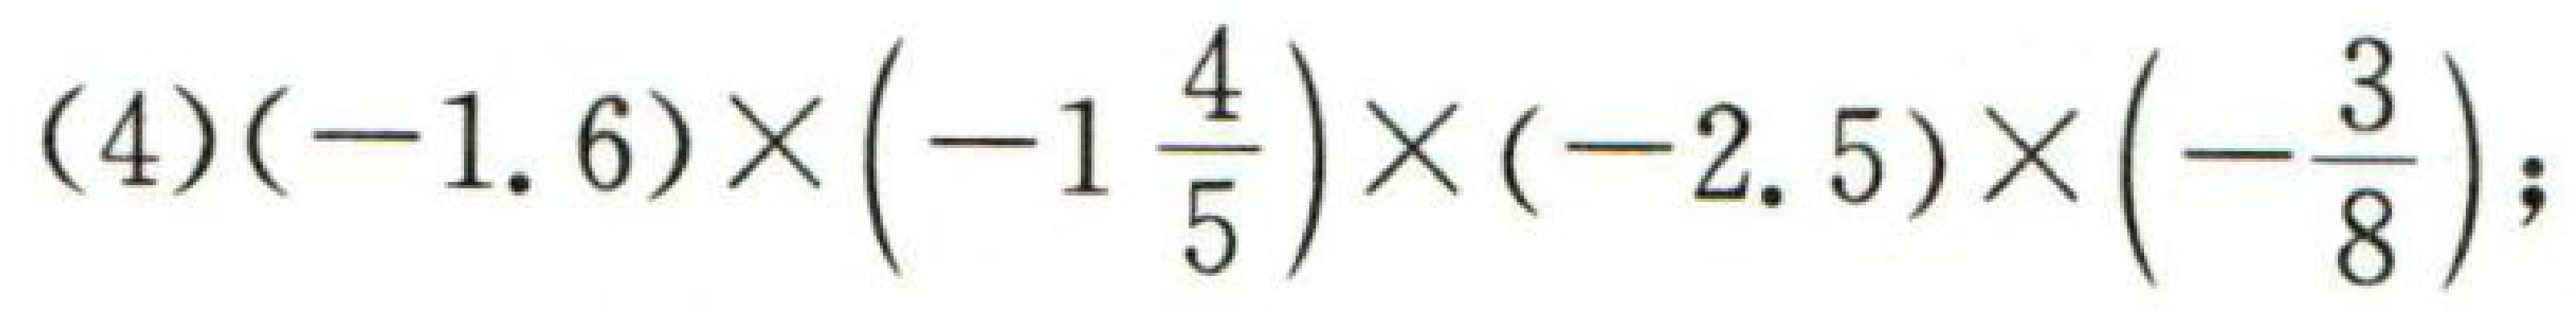
(4)\((-1.6)\times\left(-1\dfrac{4}{5}\right)\times(-2.5)\times\left(-\dfrac{3}{8}\right);\)